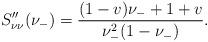
LaTeX: \begin{align*}S_{\nu\nu}''(\nu_-)=\frac{(1-v)\nu_{-}+1+v}{\nu_{-}^2(1-\nu_{-})}.\end{align*}